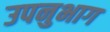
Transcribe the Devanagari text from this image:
उपनुभाग